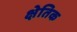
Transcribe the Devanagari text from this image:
क्षेतिक